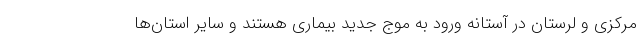
مرکزی و لرستان در آستانه ورود به موج جدید بیماری هستند و سایر استان‌ها